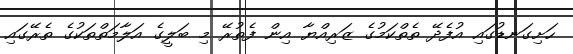
ހަށިގަނޑުގައި އުފެދޭ ތެތްކަމުގެ ޒަރިއްޔާ އިން ފެތުރޭ މި ބަލީގެ އަލާމަތްތަކުގެ ތެރޭގައި